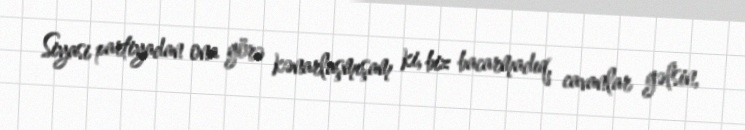
Siyasi partiyadan ona görə kənarlaşmışam ki, biz bacarmadıq, cavanlar gəlsin,